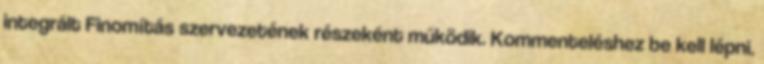
integrált Finomítás szervezetének részeként működik. Kommenteléshez be kell lépni.